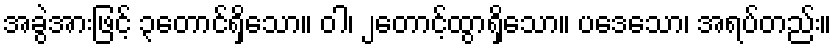
အခွဲအားဖြင့် ၃တောင်ရှိသော။ ဝါ၊ ၂တောင့်ထွာရှိသော။ ပဒေသော၊ အရပ်တည်း။